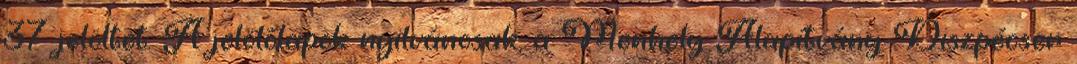
37 jelöltet. A jelölőlapok nyilvánosak, a Menhely Alapítvány Diszpécser